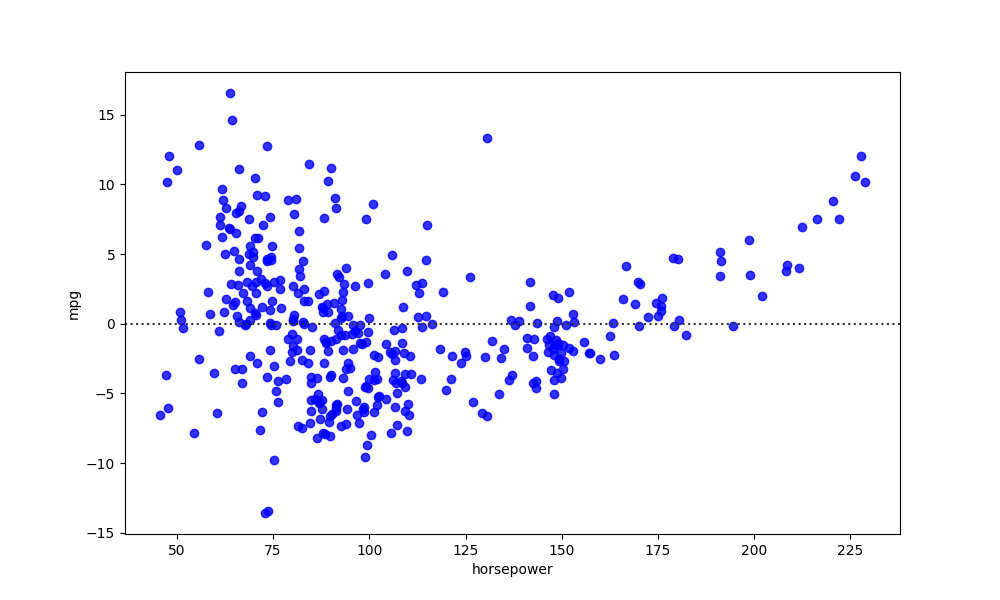
python, seaborn, residplot, lowess=False, scatter_color=blue